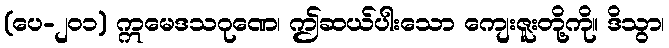
(ပေ-၂၀၁) ဣမေဒသဂုဏေ၊ ဤဆယ်ပါးသော ကျေးဇူးတို့ကို။ ဒိသွာ၊